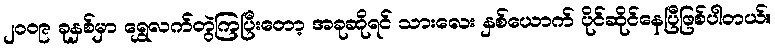
၂၀၀၉ ခုနှစ်မှာ ရွှေလက်တွဲကြပြီးတော့ အခုဆိုရင် သားလေး နှစ်ယောက် ပိုင်ဆိုင်နေပြီဖြစ်ပါတယ်။